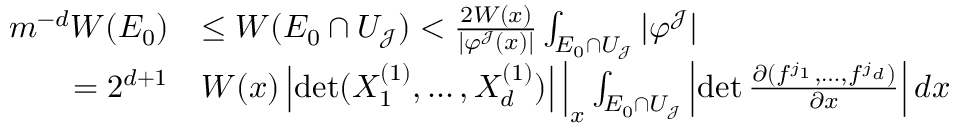
\begin{array} { r l } { m ^ { - d } W ( E _ { 0 } ) } & { \leq W ( E _ { 0 } \cap U _ { \mathcal J } ) < \frac { 2 W ( x ) } { | \varphi ^ { \mathcal J } ( x ) | } \int _ { E _ { 0 } \cap U _ { \mathcal J } } | \varphi ^ { \mathcal J } | } \\ { = 2 ^ { d + 1 } } & { W ( x ) \left| \operatorname* { d e t } ( X _ { 1 } ^ { ( 1 ) } , \ldots , X _ { d } ^ { ( 1 ) } ) \right| \Big | _ { x } \int _ { E _ { 0 } \cap U _ { \mathcal J } } \left| \operatorname* { d e t } \frac { \partial ( f ^ { j _ { 1 } } , \ldots , f ^ { j _ { d } } ) } { \partial x } \right| d x } \end{array}